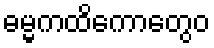
ဓမ္မကထိကောတွေဝ